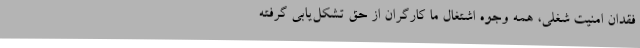
فقدان امنیت شغلی، همه وجوه اشتغال ما کارگران از حق تشکل‌یابی گرفته